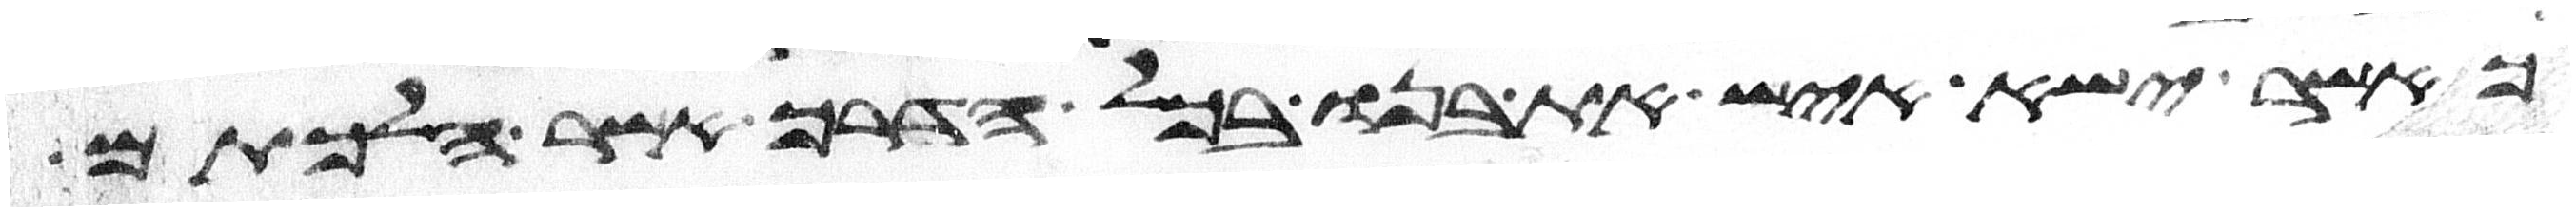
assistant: כאשר ישא איש את בנו בכל הדרך אשר הלכתם